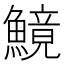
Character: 𩺿